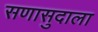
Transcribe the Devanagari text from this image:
सणासुदाला